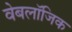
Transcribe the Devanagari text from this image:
वेबलॉजिक